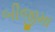
બીજીમા